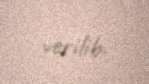
verilib.